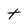
Character: t